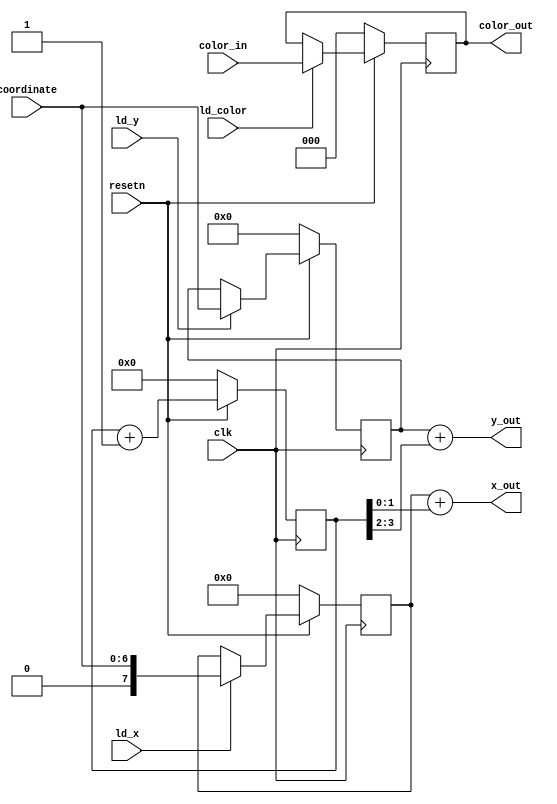
module datapath(
	input clk, resetn, ld_x, ld_y, ld_color,
	input [2:0] color_in,
	input [6:0] coordinate, 
	output [7:0] x_out, 
	output [6:0] y_out, 
	output [2:0] color_out
	);

	reg [7:0] x;
	reg [6:0] y;
	reg [2:0] color;
	reg [3:0] counter;

	//reset or load
	always @(posedge clk) begin
		if (!resetn) begin
			x <= 8'b0;
			y <= 7'b0;
			color <= 3'b0;
		end
		else begin
			if (ld_x)
				x <= {1'b0, coordinate};
			if (ld_y)
				y <= coordinate;
			if (ld_color)
				color <= color_in;
		end
	end
	//counter
	always @(posedge clk) begin
		if (!resetn)
			counter <= 4'b0000;
		else
			if (counter == 1111)
				counter <= 4'b0000;
			else
				counter <= counter + 1'b1;
	end

	assign x_out = x + counter[1:0];
	assign y_out = y + counter[3:2];
	assign color_out = color;
endmodule